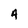
Character: 4